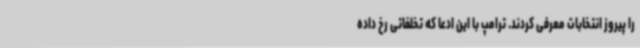
را پیروز انتخابات معرفی کردند. ترامپ با این ادعا که تخلفاتی رخ داده